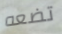
تضعه